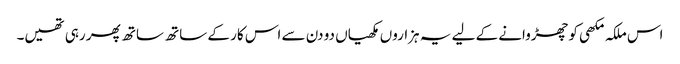
اس ملکہ مکھی کو چھڑوانے کے لیے یہ ہزاروں مکھیاں دو دن سے اس کار کے ساتھ ساتھ پھر رہی تھیں۔